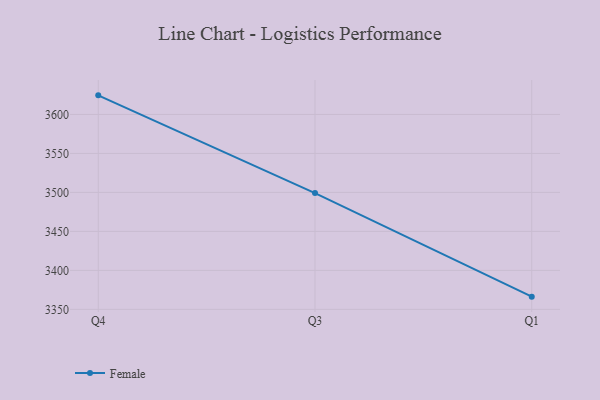
{"axis": {"x": "Quarter", "y": "Latency (ms)"}, "legend": ["Female"], "data": [{"x": "Q4", "y": 3624.5, "type": "Female"}, {"x": "Q3", "y": 3499.1, "type": "Female"}, {"x": "Q1", "y": 3366.3, "type": "Female"}]}